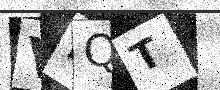
Text: VBQT